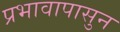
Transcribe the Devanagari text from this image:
प्रभावापासुन